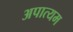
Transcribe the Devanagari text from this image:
अपात्यम